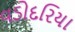
વડોદરિયા